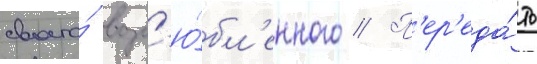
своего́ возл'ю́бл'енного // П'ер'еда́ть